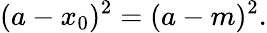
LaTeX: (a-x_{0})^{2}=(a-m)^{2}.